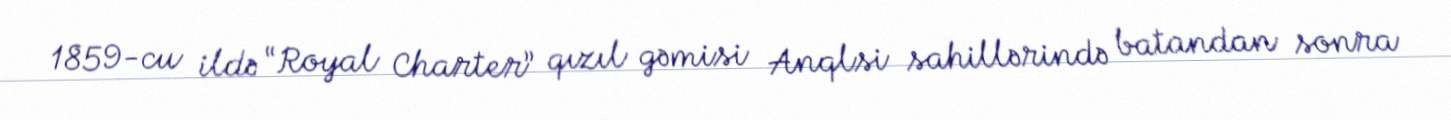
1859-cu ildə “Royal Charter” qızıl gəmisi Anqlsi sahillərində batandan sonra